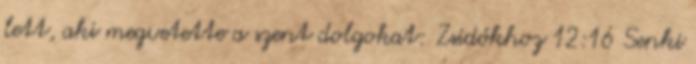
lett, aki megvetette a szent dolgokat: Zsidókhoz 12:16 Senki